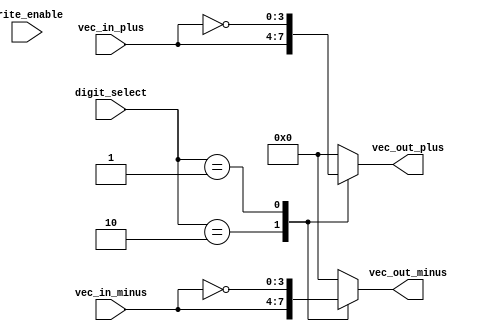
module SDVM(vec_in_plus,vec_in_minus, digit_select, vec_out_plus,vec_out_minus,write_enable);

parameter Num_bits=4;
input [Num_bits-1:0] vec_in_plus,vec_in_minus;
input[1:0] digit_select;
output [Num_bits-1:0] vec_out_plus,vec_out_minus;
reg [Num_bits-1:0] vec_out_plus,vec_out_minus;
input write_enable;
//wire [1:0] tmp_one_cycle_delay;

initial begin 
	vec_out_plus<=4'b0;
	vec_out_minus<=4'b0;
end


//D_FF_two_bits D1(digit_select,tmp_one_cycle_delay,clk,1'b1);




	
always@* begin
	case(digit_select)
		2'b00: begin
			vec_out_plus<=4'b0;
			vec_out_minus<=4'b0;
		end
		2'b10: begin 
			vec_out_plus<=vec_in_plus;
			vec_out_minus<=vec_in_minus;//if digit is 1
		end
		2'b01: begin
			vec_out_plus<=~vec_in_plus;
			vec_out_minus<=~vec_in_minus;//if digit is -1
		end
		default: begin 
			vec_out_plus<=4'b0;
			vec_out_minus<=4'b0;
		end
	endcase

end
endmodule